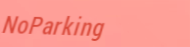
NoParking